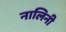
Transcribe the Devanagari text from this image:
नालिनी